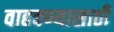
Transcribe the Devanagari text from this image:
वाहवण्यासाठी